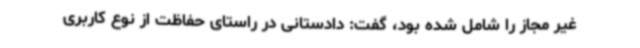
غیر مجاز را شامل شده بود، گفت: دادستانی در راستای حفاظت از نوع کاربری